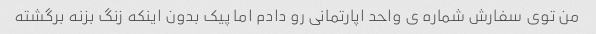
من توى سفارش شماره ى واحد اپارتمانى رو دادم اما پیک بدون اینکه زنگ بزنه برگشته